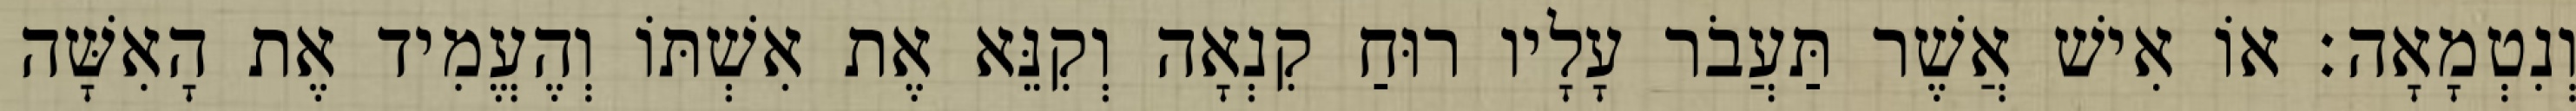
וְנִטְמָאָה׃ אוֹ אִישׁ אֲשֶׁר תַּעֲבֹר עָלָיו רוּחַ קִנְאָה וְקִנֵּא אֶת אִשְׁתּוֹ וְהֶעֱמִיד אֶת הָאִשָּׁה